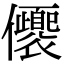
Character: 𠑚